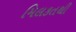
મિલકતથી